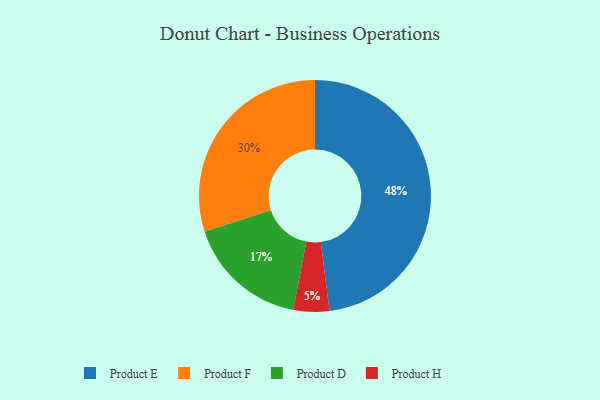
{"axis": {"x": "Category", "y": "Percentage"}, "legend": ["Product D", "Product E", "Product F", "Product H"], "data": [{"x": "Product E", "y": 48, "type": "Product E"}, {"x": "Product F", "y": 30, "type": "Product F"}, {"x": "Product H", "y": 5, "type": "Product H"}, {"x": "Product D", "y": 17, "type": "Product D"}]}